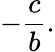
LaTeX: -{\frac{c}{b}}.